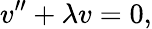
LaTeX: v^{\prime\prime}+\lambda v=0,